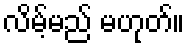
လိမ့်မည် မဟုတ်။